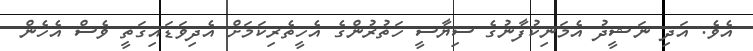
އެވެ. އަދި ނަޝީދު އެމަނިކުފާނުގެ ސިޔާސީ ހަތުރުންގެ އެހީތެރިކަމަށް އެދިވަޑައިގަތީ ވެސް އެހެން